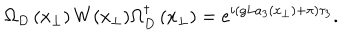
\Omega _ { D } \left( x _ { \perp } \right) W ( x _ { \perp } ) \Omega _ { D } ^ { \dagger } \left( x _ { \perp } \right) = e ^ { i ( g L a _ { 3 } \left( x _ { \perp } \right) + \pi ) \tau _ { 3 } } .